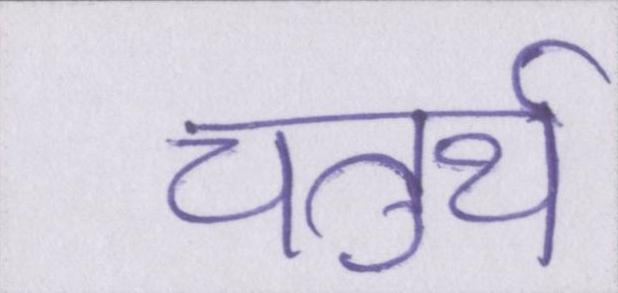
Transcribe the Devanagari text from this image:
चतुर्थ